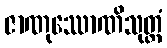
ဇာဏုဿောဏိသုတ္တံ